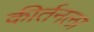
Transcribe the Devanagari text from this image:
कीर्तनला